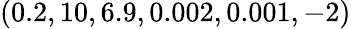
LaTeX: (0.2,10,6.9,0.002,0.001,-2)